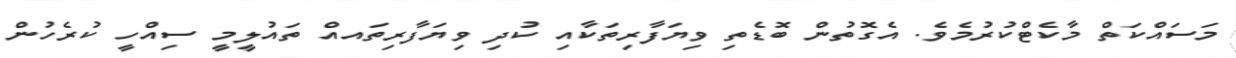
މަސައްކަތް މާކެޓްކުރުމެވެ. އެގޮތުން ބޮޑެތި ވިޔަފާރިތަކާއި ކުދި ވިޔަފާރިތައއް ތައުލީމީ ސިއްހީ ކުރެހުން